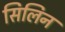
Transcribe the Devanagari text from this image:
सिलिन